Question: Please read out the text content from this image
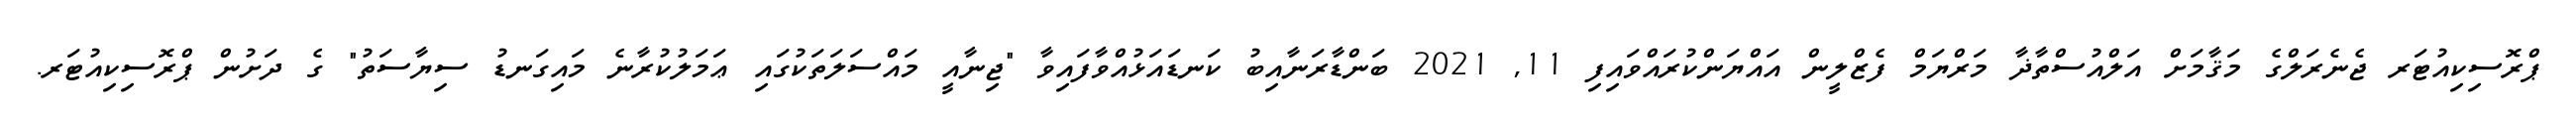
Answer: ޕްރޮސިކިއުޓަރ ޖެނެރަލްގެ މަޤާމަށް އަލްއުސްތާޛާ މަރްޔަމް ފެޒްލީން އައްޔަންކުރައްވައިފި 11, 2021 ބަންޑާރަނާއިބު ކަނޑައަޅުއްވާފައިވާ "ޖިނާއީ މައްސަލަތަކުގައި ޢަމަލުކުރާނެ މައިގަނޑު ސިޔާސަތު" ގެ ދަށުން ޕްރޮސިކިއުޓަރ.